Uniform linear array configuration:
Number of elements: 8
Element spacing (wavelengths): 1
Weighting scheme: hann
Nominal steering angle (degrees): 30
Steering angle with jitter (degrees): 28.099
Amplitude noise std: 0.05
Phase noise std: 0.05

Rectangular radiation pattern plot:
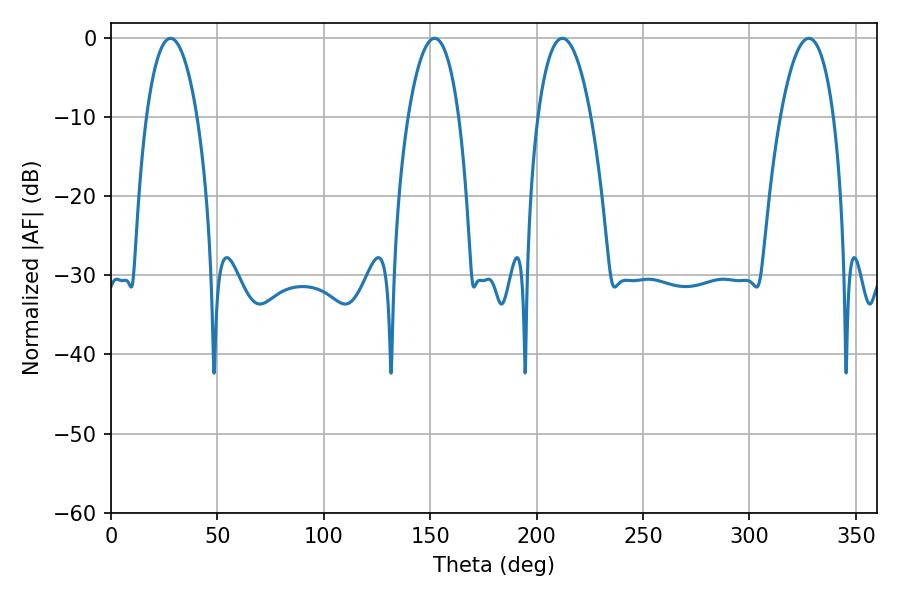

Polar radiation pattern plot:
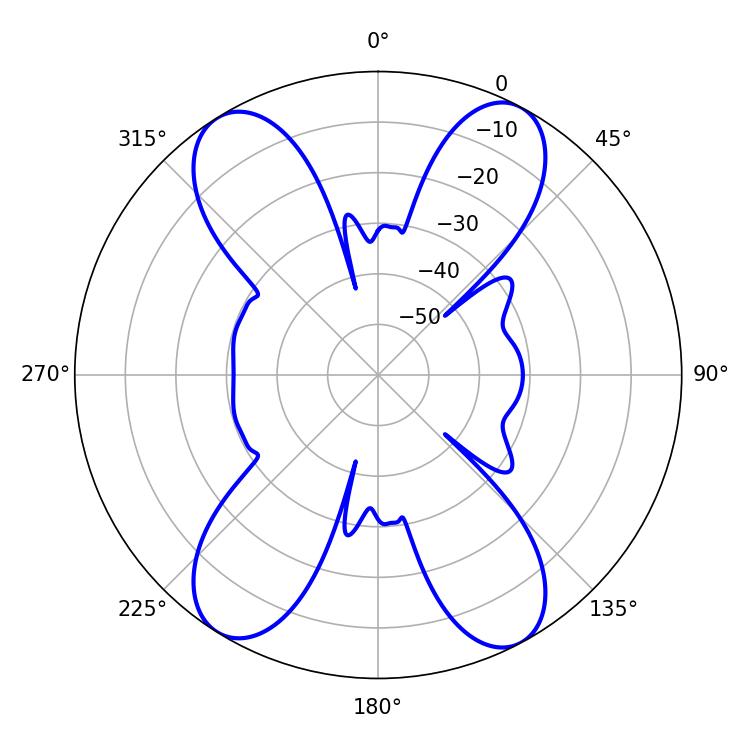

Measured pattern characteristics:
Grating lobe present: TRUE
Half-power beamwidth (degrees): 14.04
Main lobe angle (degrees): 212.04